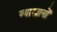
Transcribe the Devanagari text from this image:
व्याखानों